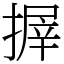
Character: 搱